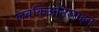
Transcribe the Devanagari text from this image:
जबकिऑनलाइन